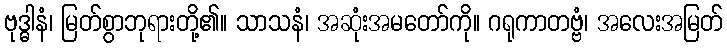
ဗုဒ္ဓါနံ၊ မြတ်စွာဘုရားတို့၏။ သာသနံ၊ အဆုံးအမတော်ကို။ ဂရုကာတဗ္ဗံ၊ အလေးအမြတ်